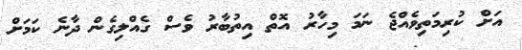
އަށް ކުރިމަތިވެއްޖެ ނަމަ މިހާރު އޮތް އިތުބާރު ވެސް ގެއްލިގެން ދާނެ ކަމަށް